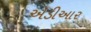
એડીઆર